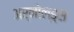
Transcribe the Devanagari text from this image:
अर्नोल्ड्स